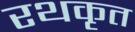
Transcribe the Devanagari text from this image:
रथकृत